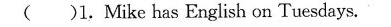
( )1.Mike has English on Tuesdays.